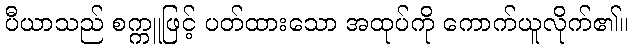
ပီယာသည် စက္ကူဖြင့် ပတ်ထားသော အထုပ်ကို ကောက်ယူလိုက်၏။